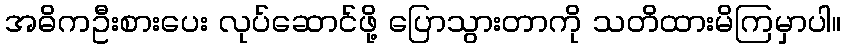
အဓိကဦးစားပေး လုပ်ဆောင်ဖို့ ပြောသွားတာကို သတိထားမိကြမှာပါ။